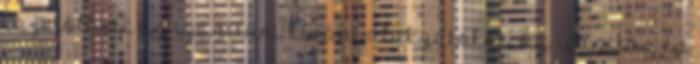
is jelölheti az igazítani kívánt alakzatokat. Az igazítás és